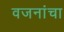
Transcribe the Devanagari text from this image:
वजनांचा